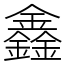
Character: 鑫